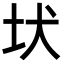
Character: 𡉩